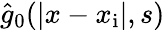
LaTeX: \hat{g}_{0}(|x-x_{\mathrm{i}}|,s)